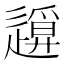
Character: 𨖪